Bréfritari: Stefanía Salómonsen
Viðtakandi: Jakobína Magnúsdóttir
Dagsetning: A-1885-04-17
Skrifað á: Eyrarlandi  Eyf.

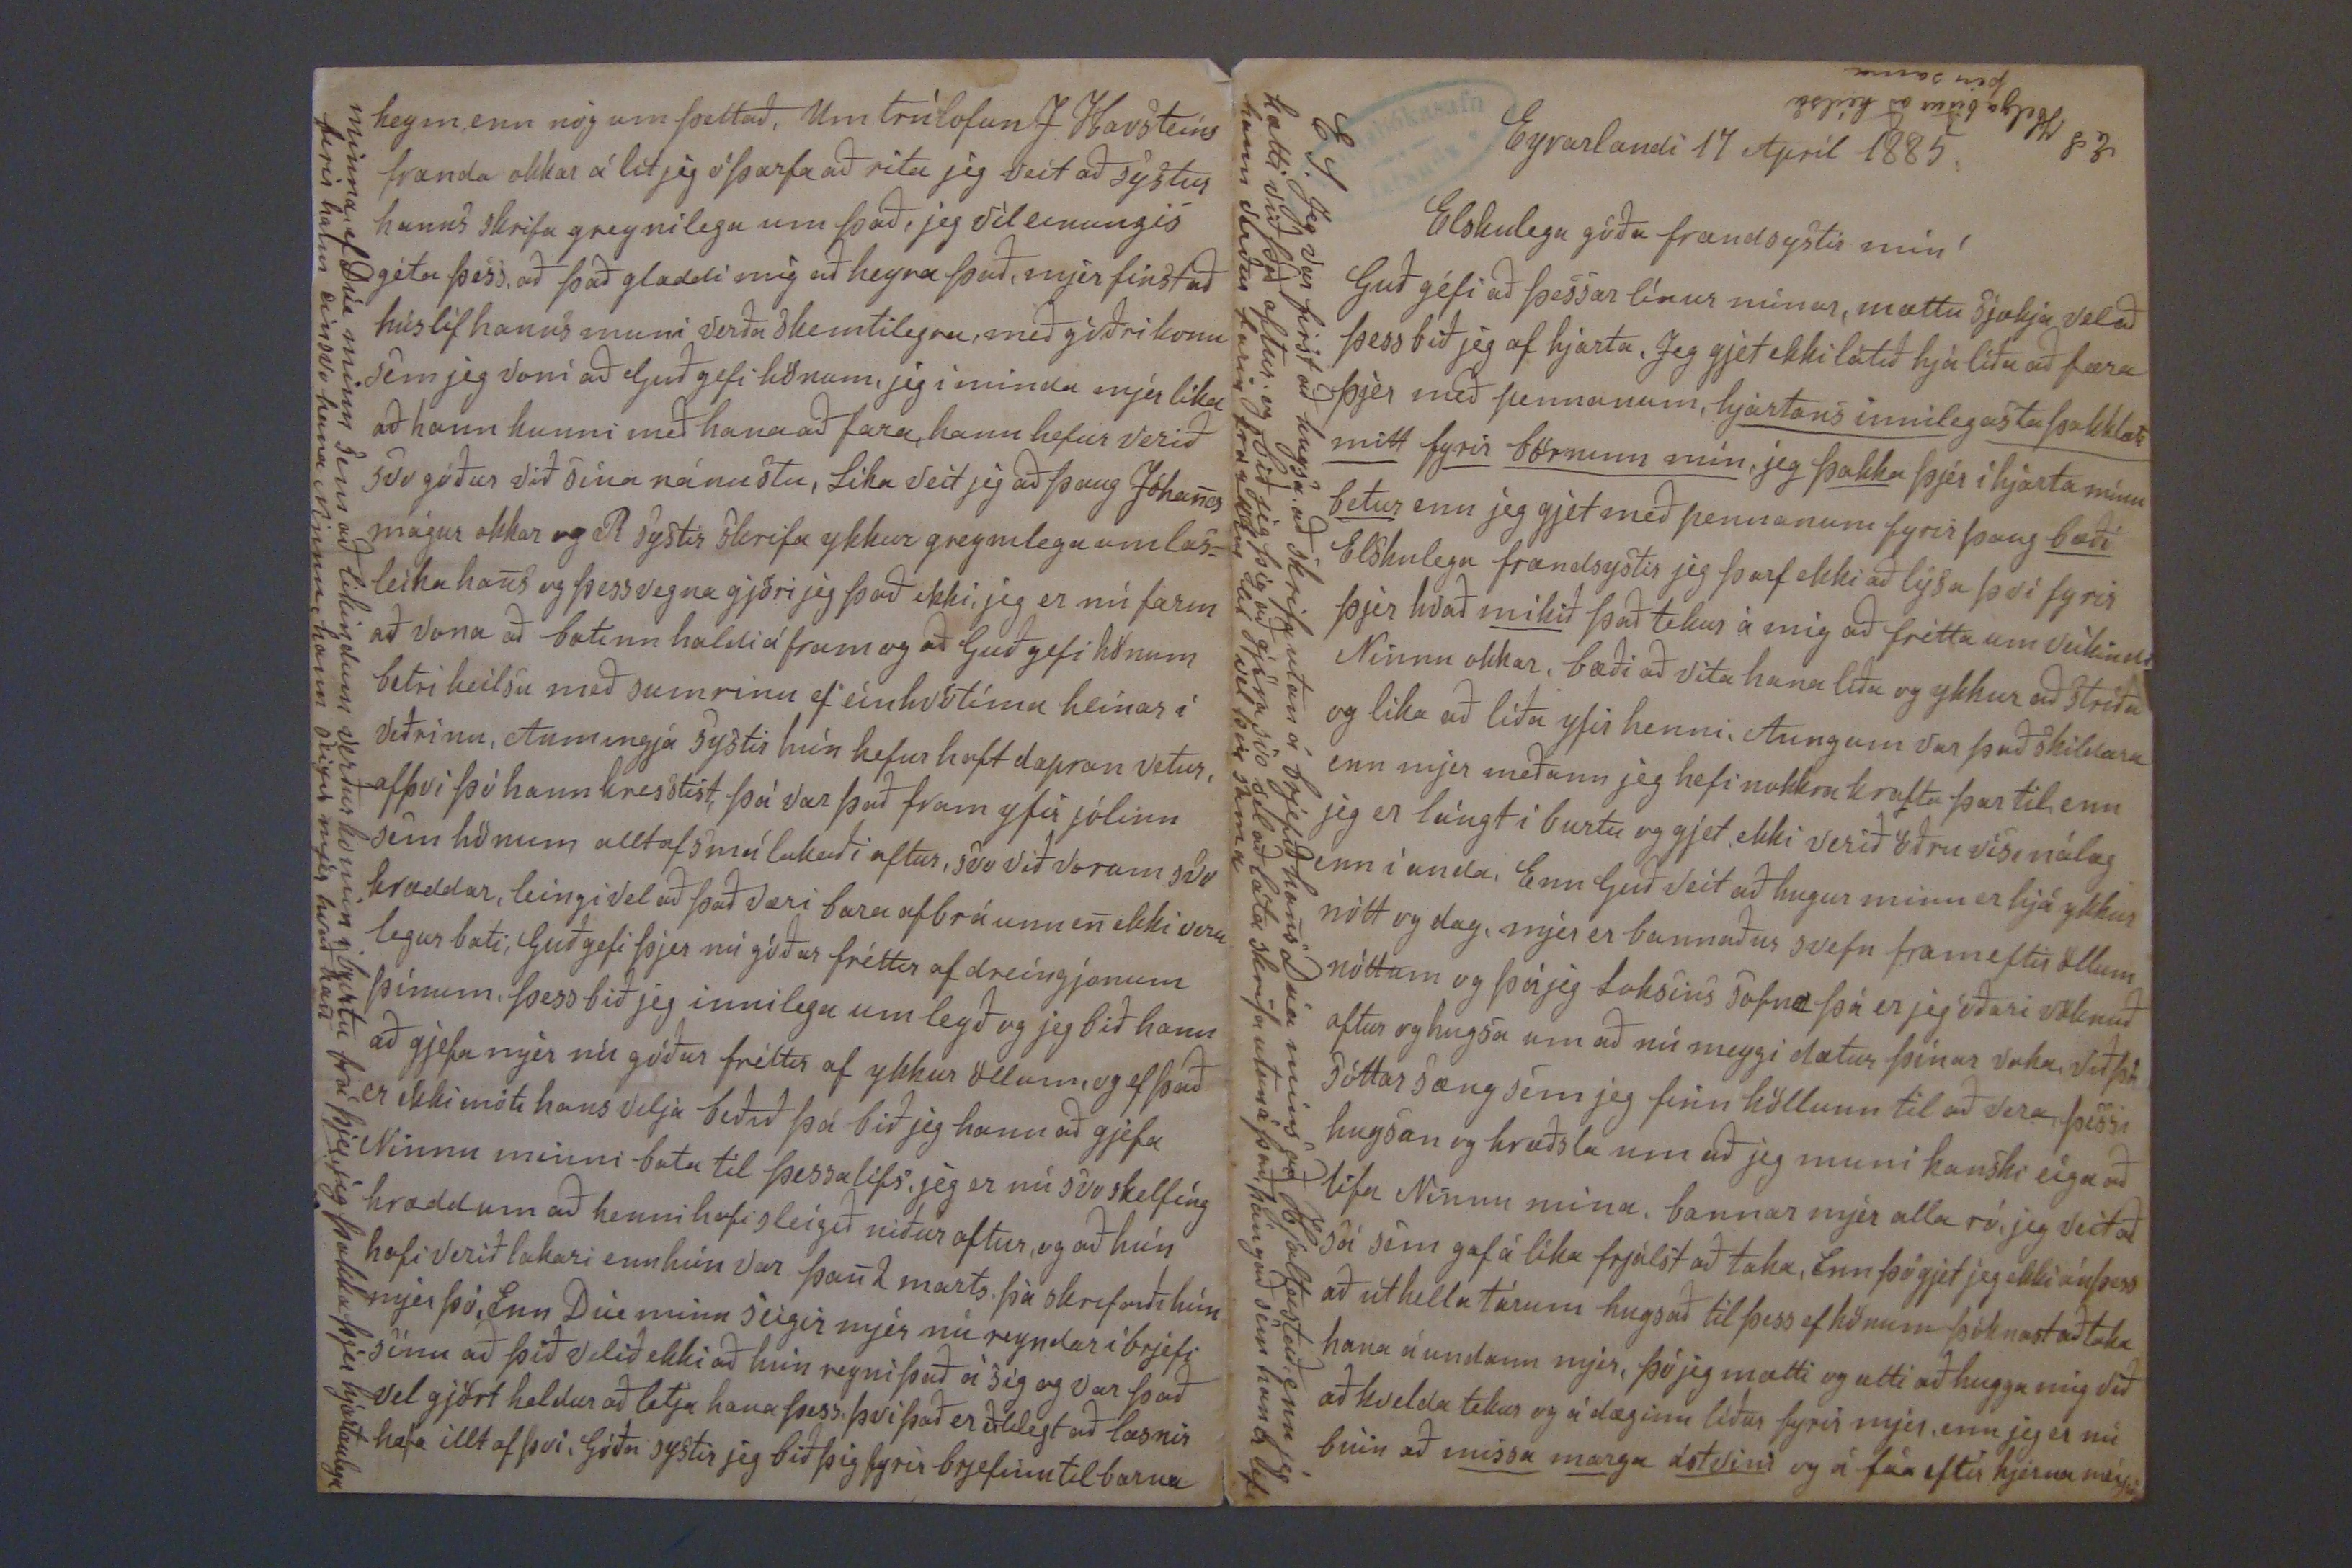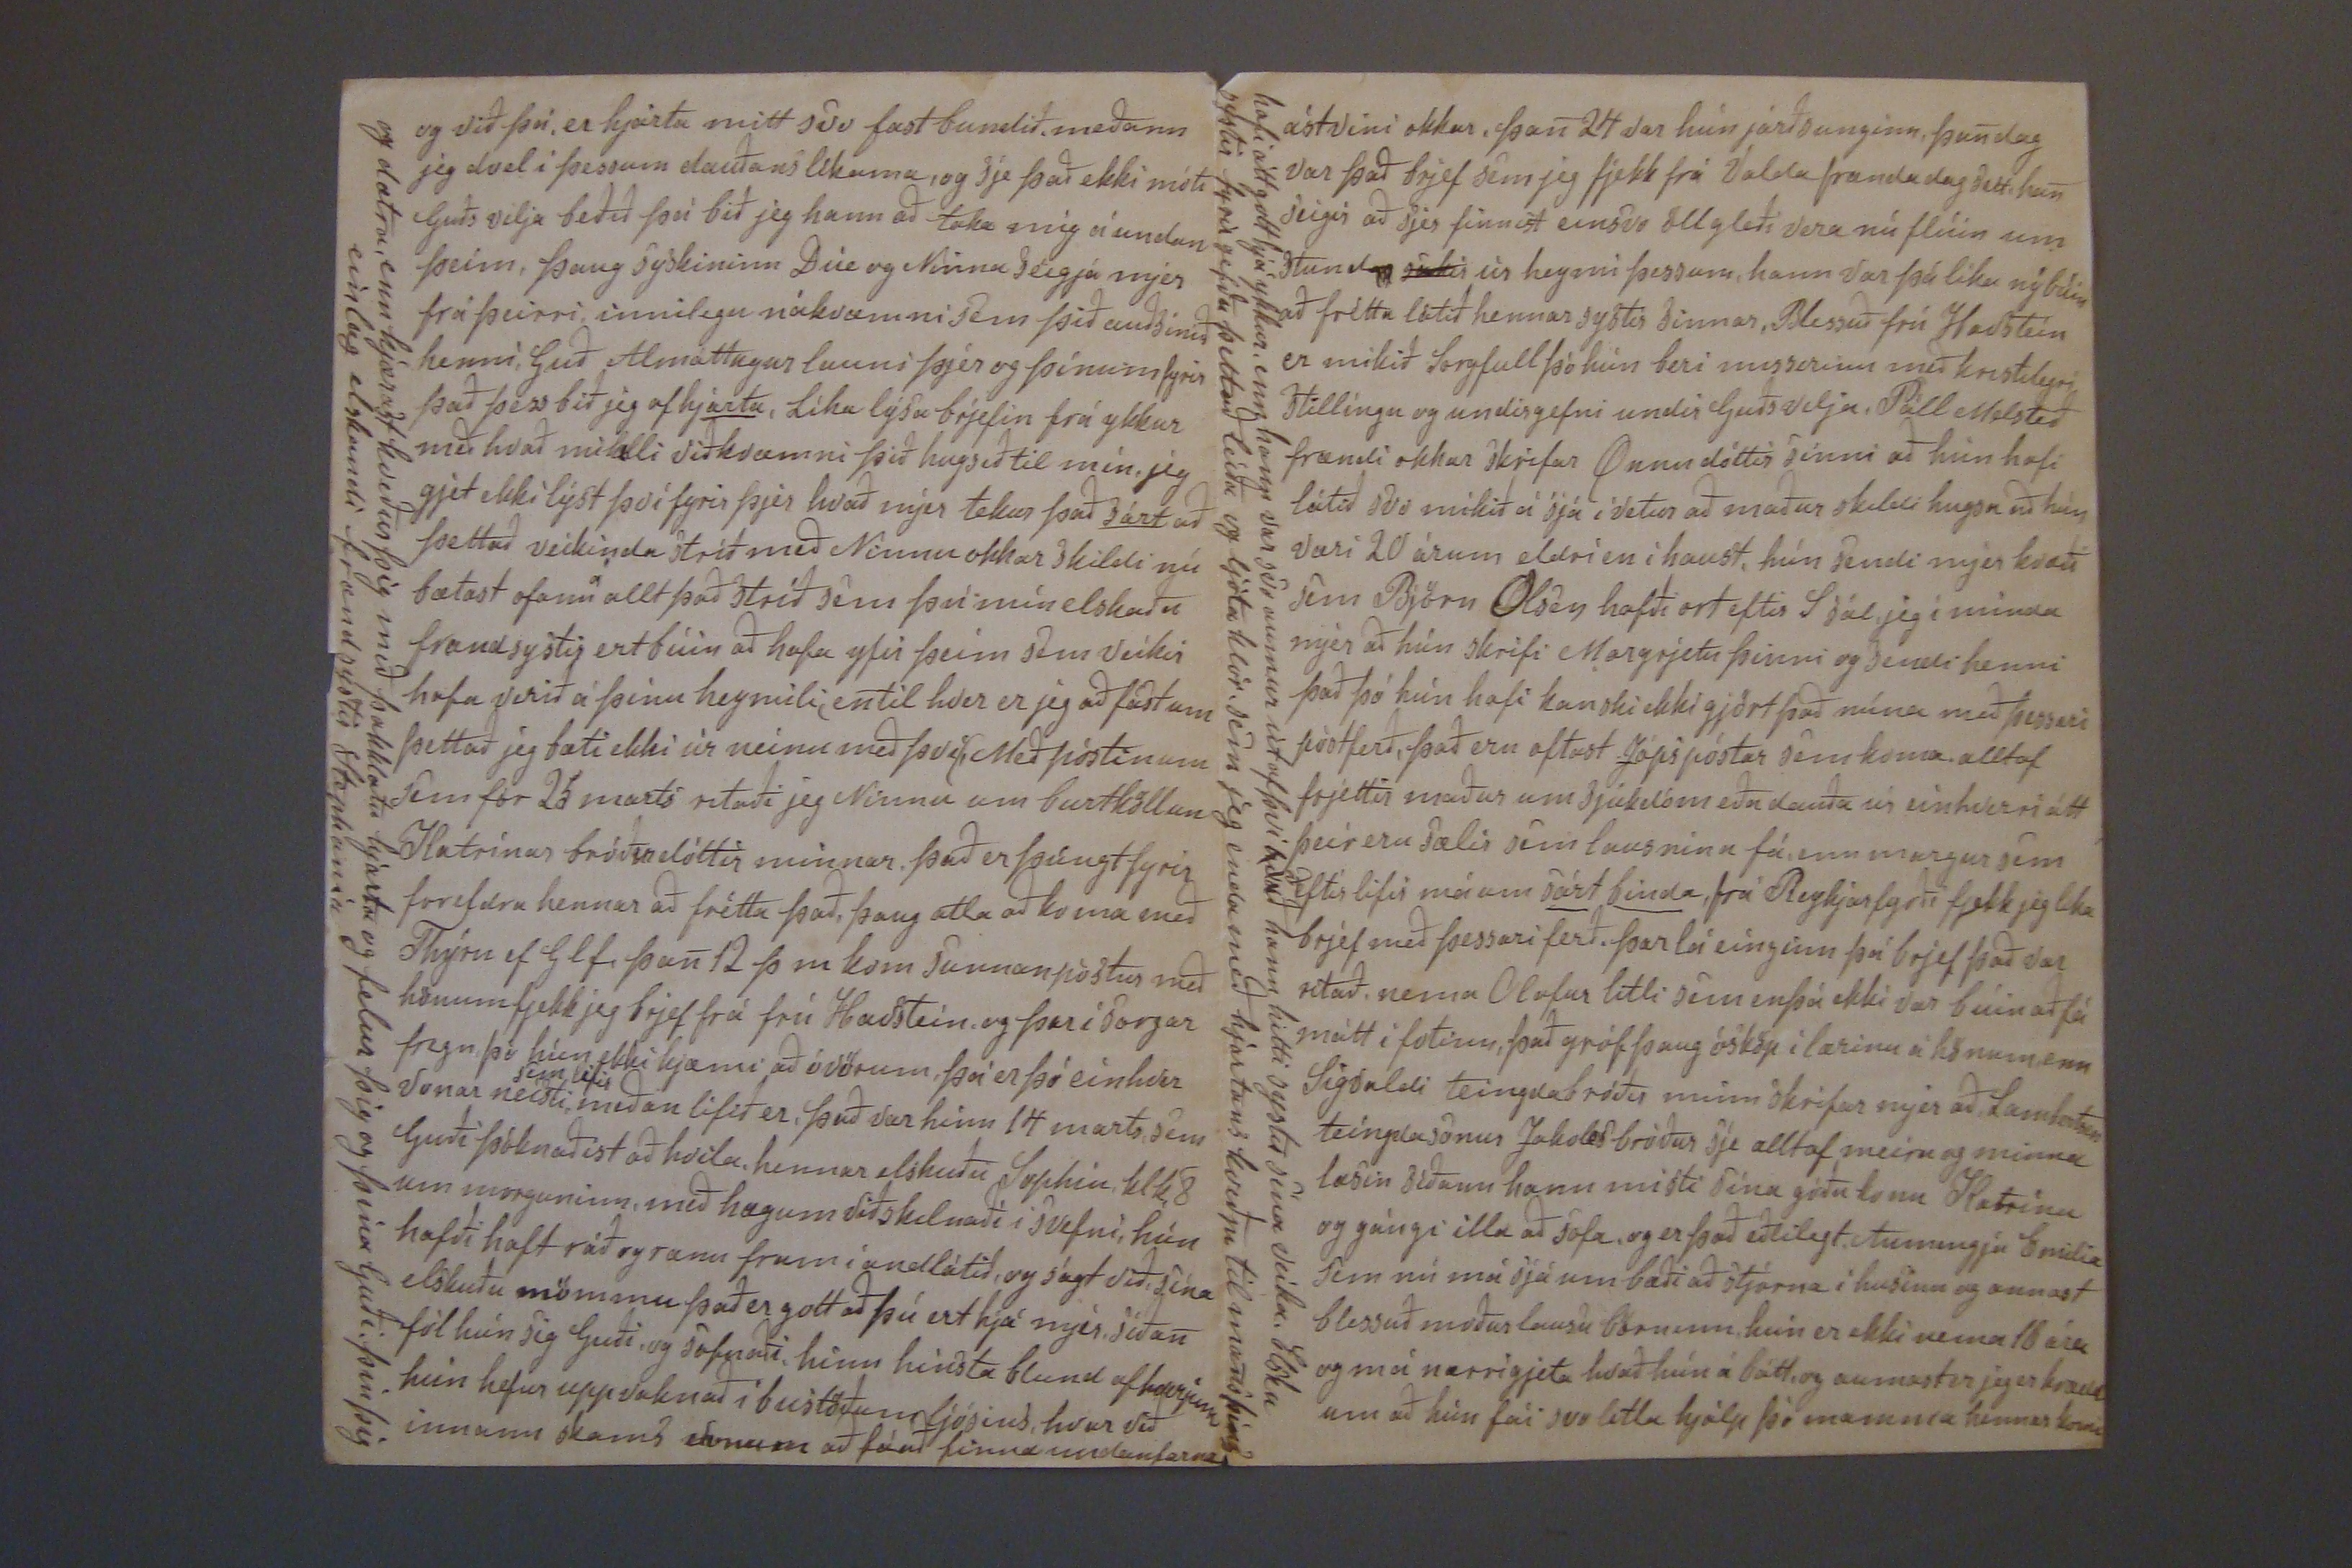

Eyrarlandi 17 Apríl 1885
Elskulega góða frændsystir mín!
Guð géfi að þessar línur mínar, mættu sjækja vel að þess bið jeg af hjarta. Jeg gjet ekki látið hjá líða að færa þjer með pennanum, hjartans innilegasta þakklæti mitt fyrir börninn mín, jeg þakka þjer í hjarta mínu betur enn jeg gjet með pennanum fyrir þaug bæði Elskulega frændsystir jeg þarf ekki að lýsa því fyrir þjer hvað mikið það tekur á mig að frétta um veikindi Ninnu okkar, bæði að vita hana líða og ykkur að stríða og líka að líða yfir henni. Aungum var það skildara enn mjer meðann jeg hefi nokkra krafta þar til enn jeg er lángt í burtu og gjet ekki verið öðruvísi nálæg enn í anda, Enn Guð veit að hugur minn er hjá ykkur nótt og dag, mjer er bannaður svefn frameftir öllum nóttum og þá jeg loksins sofna þá er jeg óðari vöknuð aftur og hugsa um að nú meygi dætur þínar vaka við þá sóttarsæng sem jeg finn höllunn til að var, þessi hugsan og hræðsla um að jeg muni kanski eiga að lifa Ninnu mína, bannar mjer alla ró, jeg veit að sá sem gaf á líka frjálst að taka, Enn þó gjet jeg ekki án þess að úthella tárum hugsað til þess ef hönum þóknast að taka hana á undann mjer, þó jeg mætti og ætti að hugga mig við að kvelda tekur og á dæginn líður fyrir mjer, enn jeg er nú búin að missa marga ástvini og á fáa eftir hjerna meijin
E.S. Jeg var first að hugsa að skrifa utan á brjefið hans Dúa míns að Hjaltastað enn jeg hætti vð það aftur og bið jeg þig að gjöra svo vel að láta skrifa utan á það, þángað sem hana
lifi
hann staður farin fra okkur af vel
þeir skina
E S Helga biður að heilsa þin sama
og við þá, er hjarta mitt svo fast bundið, meðann jeg dvel í þessum dauðans likama, og sje það ekki móti Guðs vilja beðið því bið jeg hann að taka mig á undan þeim, þaug syskininn Dúi og Ninna seigja mjer frá þeirri, innilegu nákvæmni sem þið auðsínið henni, Guð Almáttugur launi þjer og þínum fyrir það þess bið jeg af hjarta, Líka lýsa brjefin frá ykkur með hvað mikilli viðkvæmni þið hugsið til mín, jeg gjet ekki lýst því fyrir þjer hvað mjer tekur það sárt að þettað veikinda stríð með Ninnu okkar skildi nú bætast ofann allt það stríð sem þú mín elskaða frændsystir ert búin að hafa yfir þeim sem veikir hafa verið á þínu heymili, en til hver er jeg að fást um þettað jeg bæti ekki úr neinu með því(, Með póstinum sem fór 25 marts ritaði jeg Ninnu um burtköllun Katrínar bróðurdóttir minnar. Það er þúngt fyrir foreldra hennar að frétta það. þau ætla að koma með Thýru ef G l f þan 12 þ m kom sunnanpóstur með hönum fjekk jeg brjef frá frú Havstein og þar í sorgar fregn þó hún ekki kjæmi að óvörum, þá er þó einhver vonar neisti,
sem lifir
meðan lífið er, það var hinn 14 marts, sem Guði þóknaðist að hvíla, hennar elskuðu Sophiu klk 8 um morguninn, með hægum viðskilnaði í svefni, hún hafði haft ráð og rænu fram í andlátið, og sagt við sína elskuðu mömmu það er gott að þú ert hjá mjer, síðan fól hún sig Guði, og sofnaði, hinn hinsta blund af hverjum hún hefur upp vaknað í bústöðum ljósins, hvar við innann skams vonum að fáuð finna undanfarnar
og dætra, enn kjærast kveður þig með þakklatu hjarta og felur þig og þína Guði, þin þig einlæg elskandi frændsystir Stephanía
ástvini okkar, þan 24 var hún jarðsunginn, þan dag var það brjef sem jeg fjekk frá Valda frænda dag sett, han seigir að sjer finnist einsvo öll gleði vera nú flúin sem stund úr heymi þessum, hann var þá líka nýbúin að frétta látið hennar systir sinnar, Blessuð frú Havstein er mikið sorgfull þó hún beri missirinn með kristilegri stillíngu og undirgefni undir Guðs vilja, Páll Melsteð frændi okkar skrifar Önnu dóttir sinni að hún hafi látið svo mikið á sjá í vetur að maður skildi hugsa að hún væri 20 árum eldri en í haust, hún sendi mjer kvæði sem Björn Olsen hafði ort eftir S sál, jeg íminda mjer að hún skrifi Margrjetu þinni og sendi henni það þó hún hafi kanski ekki gjört það núna með þessari póstferð, það eru oftast Jópspóstar sem koma alltaf frjettir maður um sjúkdóm eða dauða úr einhverri átt þeir eru sælir sem lausnina fá, enn margur sem eftir lifir má um sárt binda, frá Reykjarfyrði fjekk jeg lika brjef með þessari ferð. Þar lá einginn þá brjef það var ritað, nema Olafur litli sem enþá ekki var búin að fá mátt í fotinn, það gróf þaug ósköp í lærinu á hönum, enn Sigvaldi teingdabróðir minn skrifar mjer að Lambertsen teíngdasonur Jakobs bróður sje alltaf meira og minna lasin síðann hann misti sínu góðu konu Katrínu og gángi illa að sofa, og er það eðlilegt, Aumingja Emilia sem nú má sjá um bæði að stjórna í husinu og aumast blessuð moður lausu börnum hún er ekki nema 16 ára og má nærri gjeta hvað hún á bátt, og aumast er jeg er hrædd um að hún fái svo litla hjálp þó mamma hennar komi
hafi átt gott hjá ykkur, enn hann var svo aumur út af því að hann hitti systir sína veika. Elsku systir fyrirgefðu þettað leiða og ljóta klór sem jeg enda með hjartans kveðju til mans þíns
heym, enn nóg um þettað, Um trúlofun F Havsteins frænda okkar álit jeg óþarfa að rita jeg veit að systur hanns skrifa greynilega um það, jeg vil einungis géta þess, að það gladdi mig að heyra það, mjer finst að húslíf hanns muni verða skemtilegra, með góðri konu sem jeg voni að Guð gefi hönum, jeg íminda mjer líka að hann kunni með hana að fara, hann hefir verið svo góður við sína nánustu, Líka veit jeg að þaug Jóhanes mágur okkar og R systir skrifa ykkur greynilega um las= leika hans og þess vegna gjöri jeg það ekki, jeg er nú farin að vona að batinn haldi áfram og að Guð gefi hönum betri heilsu með sumrinu ef einhvötíma hlínar í veðrinu, Aumingja systir hún hefur haft dapran vetur, af því þó hann
kresstist
, þá var það fram yfir jólinn sem hönum alltaf smá lakaði aftur, svo við vorum svo hræddar, leingi vel að það væri bara
of bráunn
en ekki veru legur bati, Guð gefi þjer nú góðar fréttir af dreíngjonum þínum, þess bið jeg innilega um leyð og jeg bið hann að gjefa mjer nú góðar fréttir af ykkur öllum, og ef það er ekki móti hans vilja beðið þá bið jeg hann að gjefa Ninnu minni bata til þessa lífs, jeg er nú svo skelfíng hrædd um að henni hafi sleígið niður aftur, og að hún hafi verið lakari enn hún var þan 2 marts þá skrifaði hún mjer þó, Enn Dúi minn seigir mjer nú reyndar í brjefi sínu að þið vilið ekki að hún reyni það á sig og var það vel gjört heldur að letja hana þess, þvi það er eðlilegt að lasnir hafa illt af því, Góða systir jeg bið þig fyrir brjefinu til barna
minna, ef Dúa minn sem að líkindum verður komin í burtu frá þjer, jeg þakka þjer hjartanlega firir hann einsvo hana Ninnu, hann seigir mjer hvað han